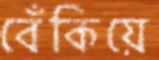
বেঁকিয়ে